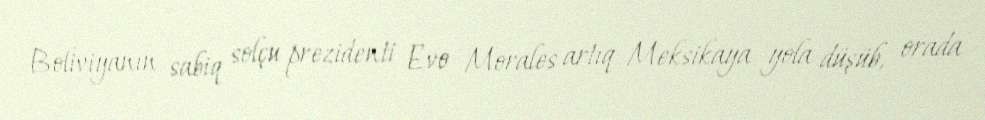
Boliviyanın sabiq solçu prezidenti Evo Morales artıq Meksikaya yola düşüb, orada